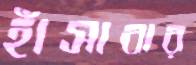
হাঁসাবার